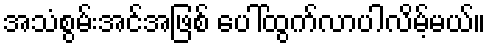
အသံစွမ်းအင်အဖြစ် ပေါ်ထွက်လာပါလိမ့်မယ်။